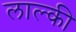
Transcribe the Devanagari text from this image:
लाल्की